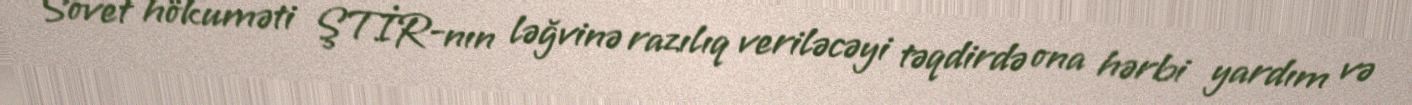
Sovet hökuməti ŞTİR-nın ləğvinə razılıq veriləcəyi təqdirdə ona hərbi yardım və